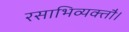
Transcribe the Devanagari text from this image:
रसाभिव्यक्तौ।